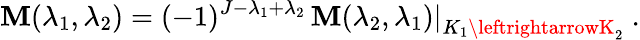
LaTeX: \mathbf{M}(\lambda_{1},\lambda_{2})=(-1)^{J-\lambda_{1}+\lambda_{2}}\, \left.\mathbf{M}(\lambda_{2},\lambda_{1})\right|_{K_{1}\leftrightarrowK_{2}}\ .